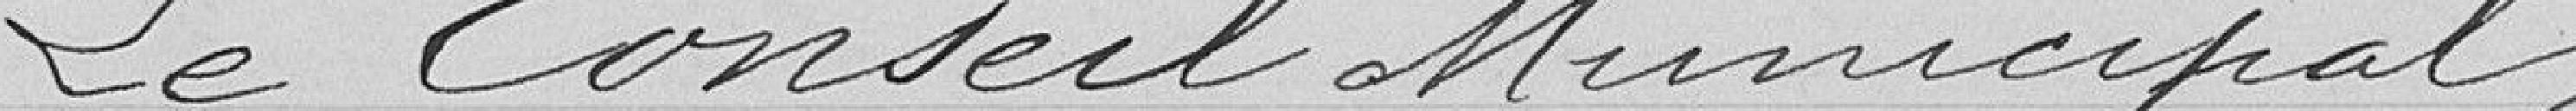
Le Conseil Municipal